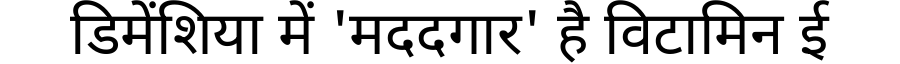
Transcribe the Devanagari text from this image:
डिमेंशिया में 'मददगार' है विटामिन ई